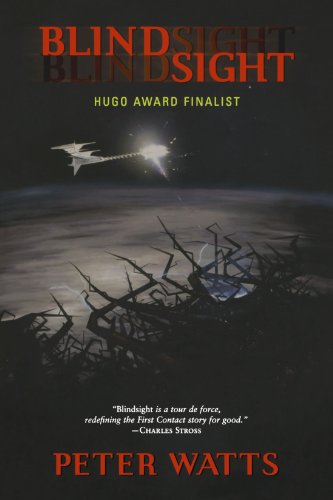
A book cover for Blindsight; Peter Watts; Science Fiction & Fantasy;